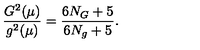
\frac { G ^ { 2 } ( \mu ) } { g ^ { 2 } ( \mu ) } = \frac { 6 N _ { G } + 5 } { 6 N _ { g } + 5 } .